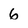
Character: 6